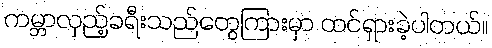
ကမ္ဘာလှည့်ခရီးသည်တွေကြားမှာ ထင်ရှားခဲ့ပါတယ်။